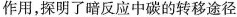
作用，探明了暗反应中碳的转移途径